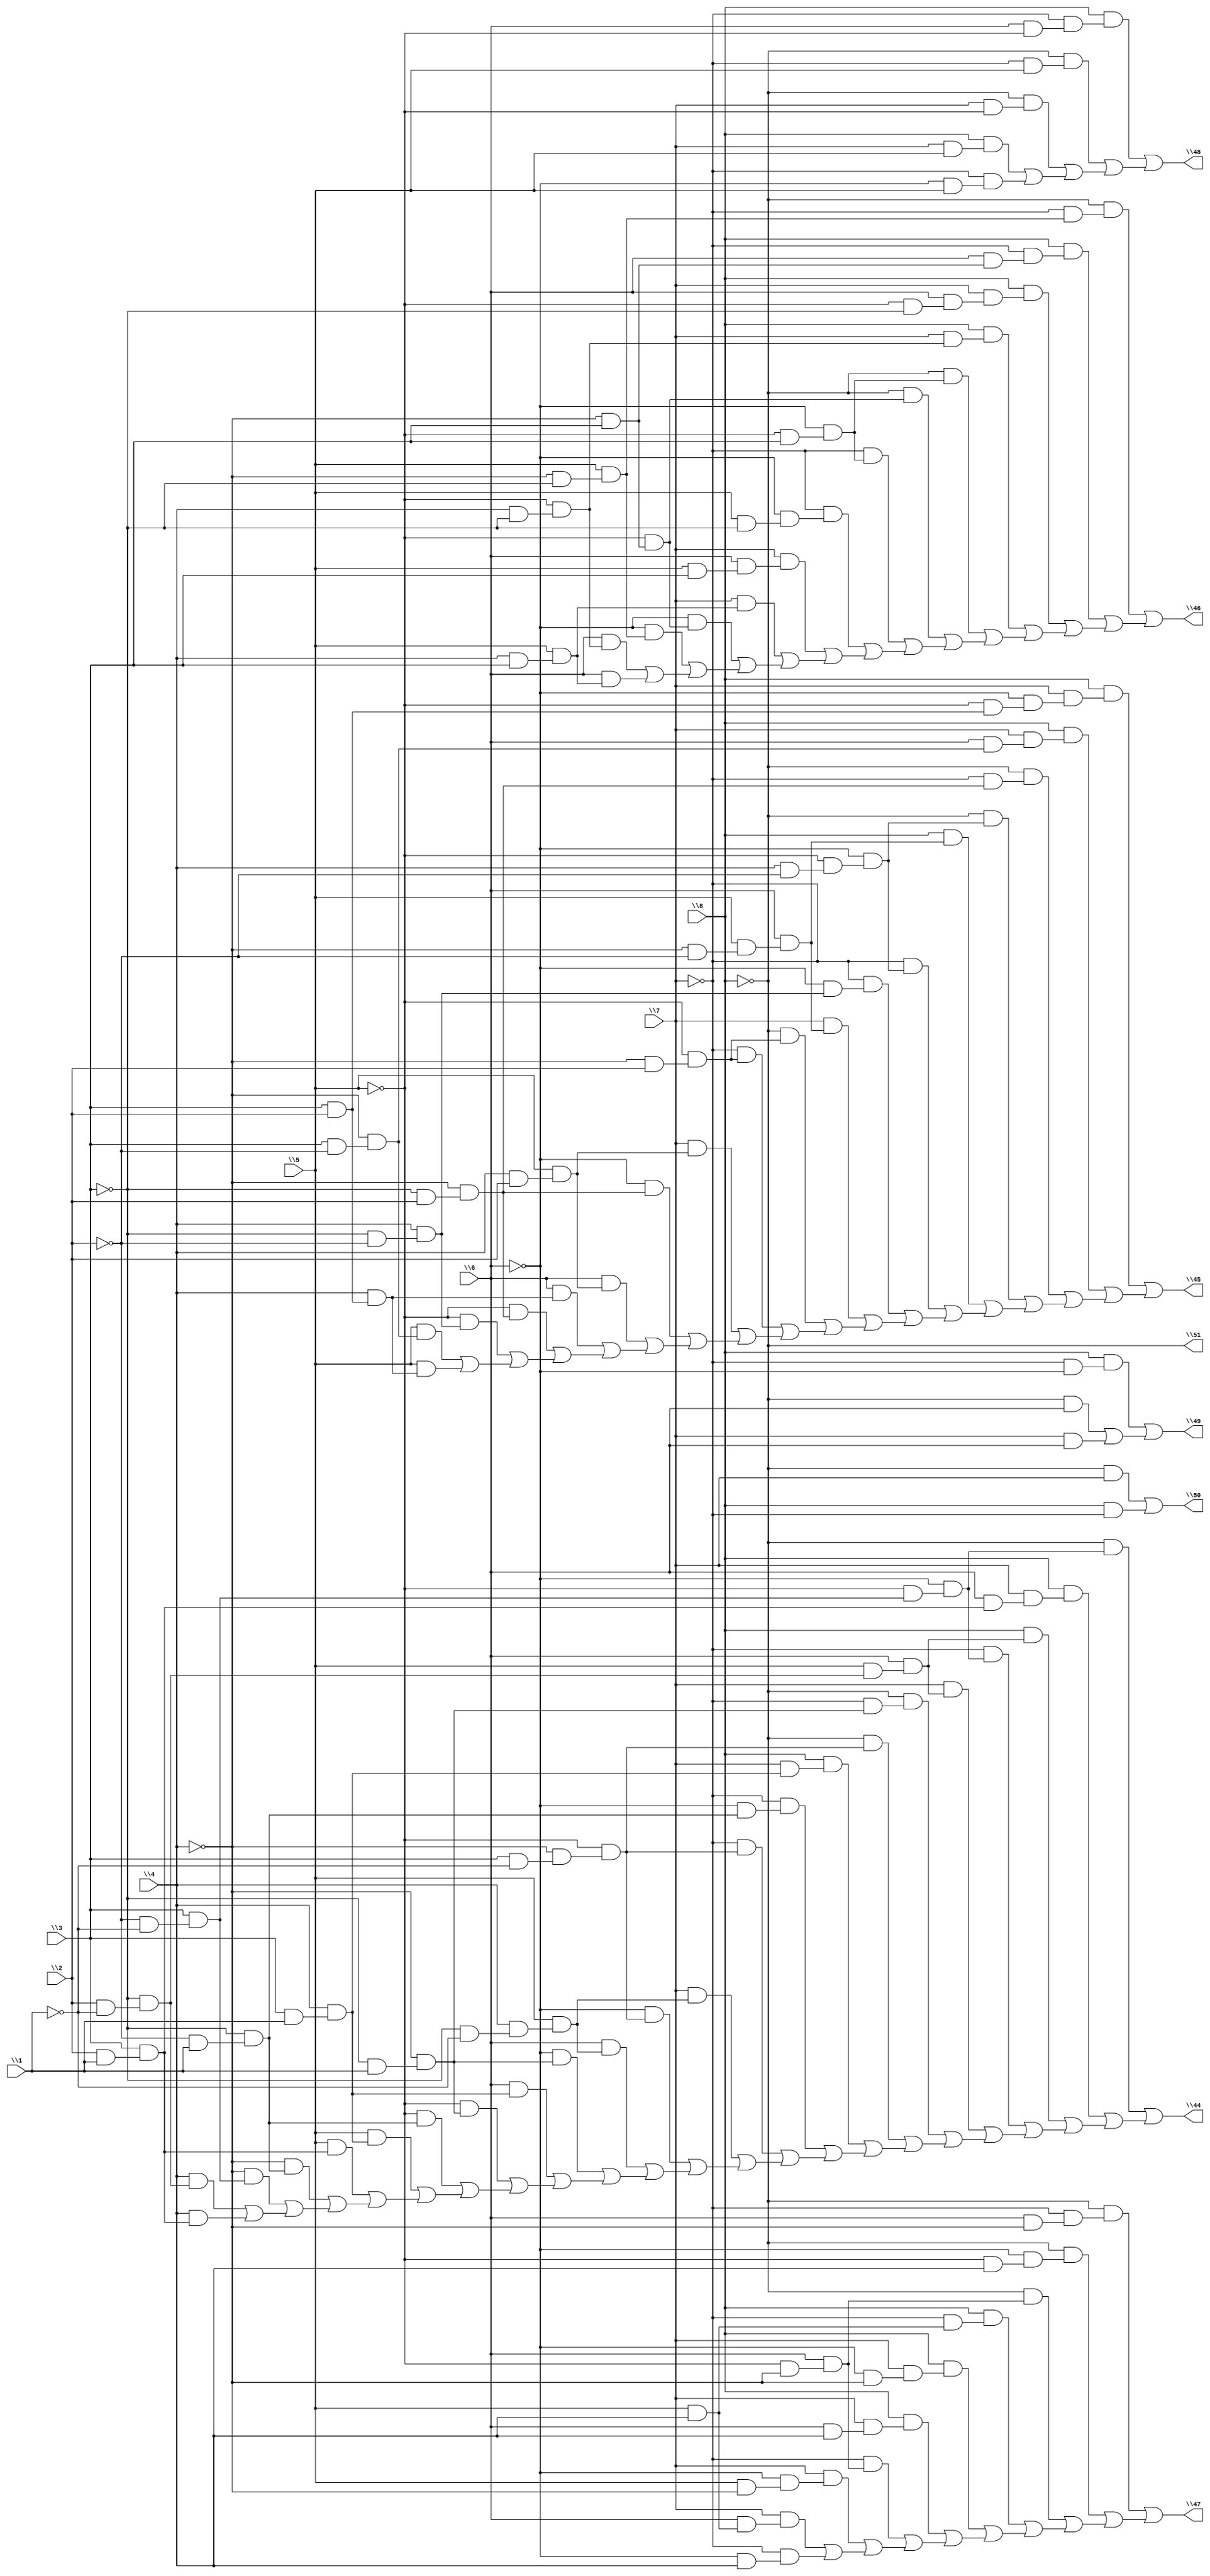
// IWLS benchmark module "f51m" printed on Wed May 29 16:34:04 2002
module f51m(\1 , \2 , \3 , \4 , \5 , \6 , \7 , \8 , \44 , \45 , \46 , \47 , \48 , \49 , \50 , \51 );
input
  \1 ,
  \2 ,
  \3 ,
  \4 ,
  \5 ,
  \6 ,
  \7 ,
  \8 ;
output
  \44 ,
  \45 ,
  \46 ,
  \47 ,
  \48 ,
  \49 ,
  \50 ,
  \51 ;
wire
  \[7] ,
  \[8] ,
  \[1] ,
  \[2] ,
  \[3] ,
  \[4] ,
  \[5] ,
  \[6] ;
assign
  \[7]  = (~\8  & \7 ) | (\8  & ~\7 ),
  \[8]  = ~\8 ,
  \[1]  = (~\8  & (~\6  & (~\5  & (\3  & (~\2  & ~\1 ))))) | ((\8  & (\7  & (\6  & (\3  & (\2  & \1 ))))) | ((\8  & (\6  & (\5  & (~\3  & (\2  & ~\1 ))))) | ((~\7  & (~\6  & (~\5  & (\3  & (~\2  & ~\1 ))))) | ((\7  & (\6  & (\5  & (~\3  & (\2  & ~\1 ))))) | ((~\8  & (~\7  & (~\4  & (~\3  & \1 )))) | ((~\8  & (~\5  & (~\4  & (\3  & ~\1 )))) | ((\8  & (\7  & (\4  & (\3  & \1 )))) | ((~\7  & (~\6  & (~\3  & (~\2  & \1 )))) | ((~\7  & (~\5  & (~\4  & (\3  & ~\1 )))) | ((\7  & (\5  & (\4  & (~\3  & ~\1 )))) | ((~\6  & (~\5  & (~\4  & (\3  & ~\1 )))) | ((\6  & (\5  & (\4  & (~\3  & ~\1 )))) | ((~\6  & (~\4  & (~\3  & \1 ))) | ((\6  & (\4  & (\3  & \1 ))) | ((~\5  & (~\4  & (~\3  & \1 ))) | ((~\5  & (~\3  & (~\2  & \1 ))) | ((\5  & (\4  & (\3  & \1 ))) | ((\5  & (\3  & (\2  & \1 ))) | ((~\4  & (~\3  & (~\2  & \1 ))) | ((~\4  & (\3  & (~\2  & ~\1 ))) | ((\4  & (~\3  & (\2  & ~\1 ))) | (\4  & (\3  & (\2  & \1 )))))))))))))))))))))))),
  \[2]  = (\8  & (\7  & (~\6  & (~\5  & (\3  & \2 ))))) | ((\8  & (\7  & (\6  & (~\4  & (\3  & ~\2 ))))) | ((~\8  & (~\7  & (~\4  & (~\3  & \2 )))) | ((~\8  & (~\6  & (~\5  & (\4  & ~\2 )))) | ((\8  & (\6  & (\5  & (~\4  & ~\2 )))) | ((~\7  & (~\6  & (~\5  & (\4  & ~\2 )))) | ((~\7  & (~\6  & (\4  & (~\3  & ~\2 )))) | ((\7  & (\6  & (\5  & (~\4  & ~\2 )))) | ((~\8  & (~\5  & (~\4  & \2 ))) | ((~\7  & (~\5  & (~\4  & \2 ))) | ((\7  & (\5  & (\4  & \2 ))) | ((~\6  & (~\4  & (~\3  & \2 ))) | ((\6  & (\5  & (\4  & \2 ))) | ((\6  & (\4  & (\3  & \2 ))) | ((~\5  & (~\4  & (~\3  & \2 ))) | ((~\5  & (\4  & (~\3  & ~\2 ))) | ((\5  & (~\4  & (\3  & ~\2 ))) | (\5  & (\4  & (\3  & \2 ))))))))))))))))))),
  \[3]  = (~\8  & (~\7  & (\5  & (~\4  & ~\3 )))) | ((\8  & (~\7  & (\6  & (~\4  & \3 )))) | ((\8  & (\7  & (\6  & (~\5  & ~\3 )))) | ((\8  & (\7  & (~\5  & (\4  & ~\3 )))) | ((~\8  & (~\6  & (~\5  & \3 ))) | ((~\8  & (~\5  & (~\4  & \3 ))) | ((~\7  & (~\6  & (~\5  & \3 ))) | ((~\7  & (~\6  & (\5  & ~\3 ))) | ((\7  & (\6  & (\5  & \3 ))) | ((\7  & (\5  & (\4  & \3 ))) | ((~\6  & (~\5  & (~\4  & \3 ))) | ((~\6  & (\5  & (~\4  & ~\3 ))) | ((\6  & (~\5  & (\4  & ~\3 ))) | (\6  & (\5  & (\4  & \3 ))))))))))))))),
  \[4]  = (~\8  & (~\7  & (\6  & ~\4 ))) | ((~\8  & (~\6  & (~\5  & \4 ))) | ((~\8  & (\6  & (~\5  & ~\4 ))) | ((\8  & (~\7  & (\5  & \4 ))) | ((\8  & (\7  & (~\6  & ~\4 ))) | ((\8  & (\7  & (\6  & \4 ))) | ((~\7  & (\6  & (~\5  & ~\4 ))) | ((\7  & (~\6  & (\5  & ~\4 ))) | ((\7  & (\6  & (\5  & \4 ))) | (~\7  & (~\6  & \4 )))))))))),
  \44  = \[1] ,
  \45  = \[2] ,
  \46  = \[3] ,
  \47  = \[4] ,
  \48  = \[5] ,
  \[5]  = (\8  & (~\7  & (\6  & ~\5 ))) | ((~\8  & (~\7  & \5 )) | ((~\8  & (\7  & ~\5 )) | ((\8  & (\7  & \5 )) | (~\7  & (~\6  & \5 ))))),
  \49  = \[6] ,
  \50  = \[7] ,
  \51  = \[8] ,
  \[6]  = (\8  & (~\7  & ~\6 )) | ((~\8  & \6 ) | (\7  & \6 ));
endmodule